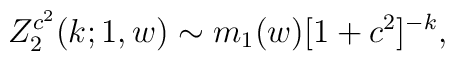
Z_2^{c^2}(k; 1,w) \sim  m_{1}(w) [1+c^2]^{-k},